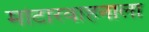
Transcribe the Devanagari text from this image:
मोटारवाहनाला